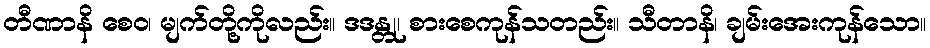
တီဏာနိ စေဝ၊ မျက်တို့ကိုလည်း။ ဒဒန္တု၊ စားစေကုန်သတည်း။ သီတာနိ၊ ချမ်းအေးကုန်သော။